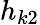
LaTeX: h_{k2}